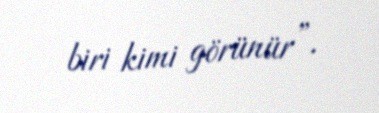
biri kimi görünür”.